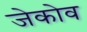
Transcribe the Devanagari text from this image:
जेकोव